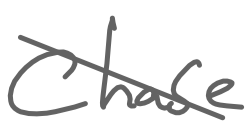
Text: Chase
Cross-out: diagonal
Writing tool: digital_gray